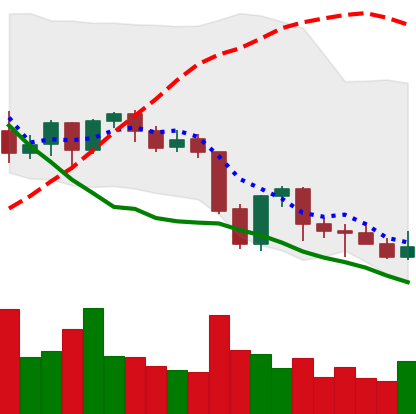
Ticker: NEO-USD
Chart end date: 2021-09-29
Forward return: 15.607%
Label: up_7plus